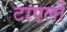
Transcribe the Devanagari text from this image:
टाएलों